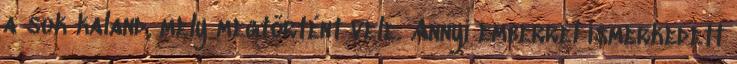
a sok kaland, mely megtörtént vele. Annyi emberrel ismerkedett